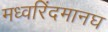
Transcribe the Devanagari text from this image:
मध्वरिंदमानघ